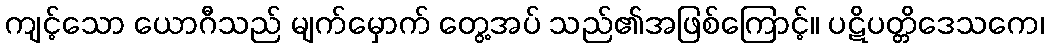
ကျင့်သော ယောဂီသည် မျက်မှောက် တွေ့အပ် သည်၏အဖြစ်ကြောင့်။ ပဋိပတ္တိဒေသကေ၊